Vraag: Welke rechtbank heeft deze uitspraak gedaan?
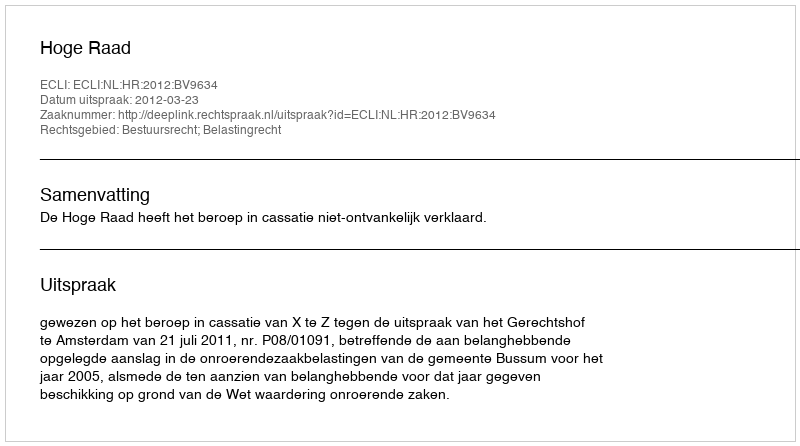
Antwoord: Hoge Raad